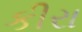
કીરા